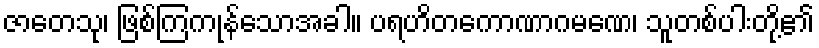
ဇာတေသု၊ ဖြစ်ကြကုန်သောအခါ။ ပရဟိတကောဏာဂမဏေ၊ သူတစ်ပါးတို့၏